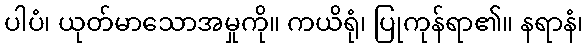
ပါပံ၊ ယုတ်မာသောအမှုကို။ ကယိရုံ၊ ပြုကုန်ရာ၏။ နရာနံ၊